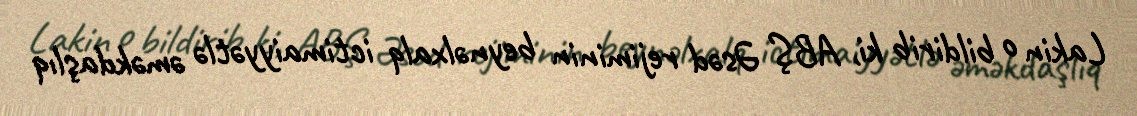
Lakin o bildirib ki, ABŞ Əsəd rejiminin beynəlxalq ictimaiyyətlə əməkdaşlıq